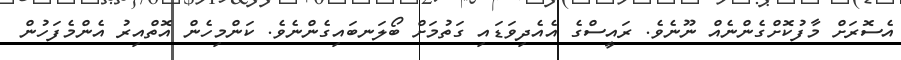
އެސޮރަށް މާފުކޮށްގެންނެއް ނޫނެވެ. ރައީސްގެ އެއެދިވަޑައި ގަތުމަށް ބޯލަނބައިގެންނެވެ. ކަންމިހެން އޮތްއިރު އެންމެފަހުން